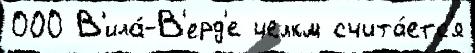
000 В'ила́-В'ерд'е челкм счита́етс'я